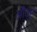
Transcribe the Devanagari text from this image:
औवर